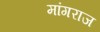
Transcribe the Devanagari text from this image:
मांगराज